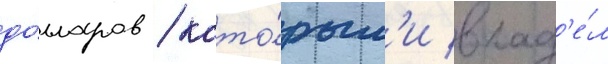
до́лларов / кото́рым'и влад'е́л